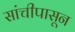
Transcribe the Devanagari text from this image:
सांचीपासून